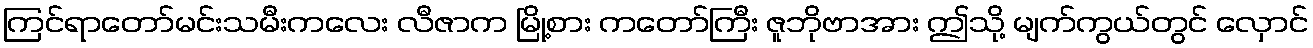
ကြင်ရာတော်မင်းသမီးကလေး လီဇာက မြို့စား ကတော်ကြီး ဇူဘိုဗာအား ဤသို့ မျက်ကွယ်တွင် လှောင်